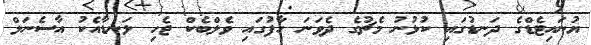
ޔުނައިޓެޑްގެ ދަނޑުގައި ކުޅުނު މެޗުގެ ދެވަނަ ހާފުގައި ވެލްބެކް ޖެހި ލަނޑާއެކު އާސެނަލް